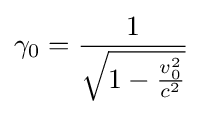
\gamma _{0}={\frac {1}{\sqrt {1-{\frac {v_{0}^{2}}{c^{2}}}}}}